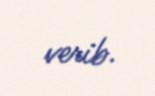
verib.